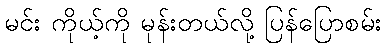
မင်း ကိုယ့်ကို မုန်းတယ်လို့ ပြန်ပြောစမ်း